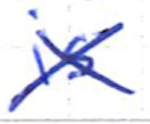
Text: is
Cross-out: cross
Writing tool: ballpoint